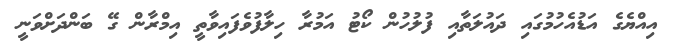
އިއްޔެގެ އަޑުއެހުމުގައި ދައުލަތާއި ފުލުހުން ކޯޓު އަމުރާ ހިލާފުވެފައިވާތީ އިމްރާން ގޭ ބަންދަށްވަނީ